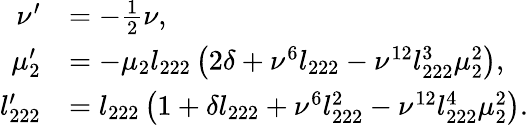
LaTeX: \begin{array}{rl}{\nu^{\prime}}&{=-\frac 12\nu,}\\ {\mu_{2}^{\prime}}&{=-\mu_{2}l_{222}\left(2\delta+\nu^{6}l_{222}-\nu^{12}l_{222}^{3}\mu_{2}^{2}\right),}\\ {l_{222}^{\prime}}&{=l_{222}\left(1+\delta l_{222}+\nu^{6}l_{222}^{2}-\nu^{12}l_{222}^{4}\mu_{2}^{2}\right).}\end{array}